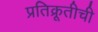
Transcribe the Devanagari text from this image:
प्रतिक्रूतीची